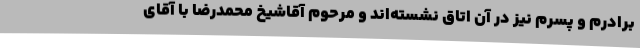
برادرم و پسرم نیز در آن اتاق نشسته‌اند و مرحوم آقاشیخ محمدرضا با آقای